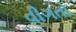
વીગતો